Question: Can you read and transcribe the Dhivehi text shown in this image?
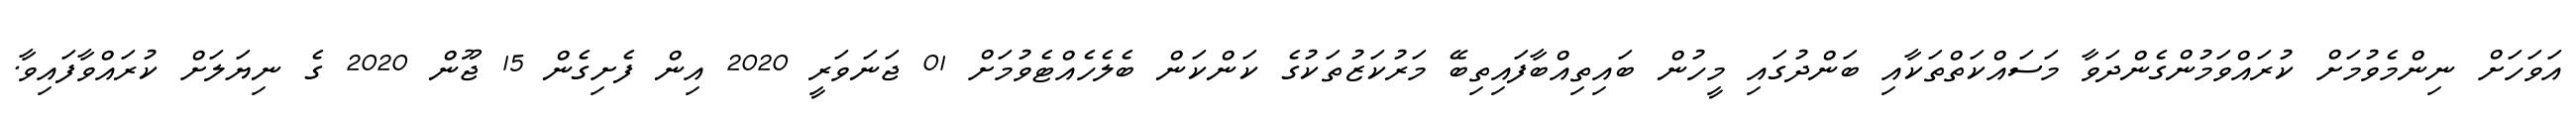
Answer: އަވަހަށް ނިންމެވުމަށް ކުރައްވަމުންގެންދަވާ މަސައްކަތްތަކާއި ބަންދުގައި މީހުން ބައިތިއްބާފައިތިބޭ މަރުކަޒުތަކުގެ ކަންކަން ބެލެހެއްޓެވުމަށް 01 ޖަނަވަރީ 2020 އިން ފެށިގެން 15 ޖޫން 2020 ގެ ނިޔަލަށް ކުރައްވާފައިވާ.